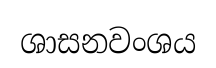
ශාසනවංශය